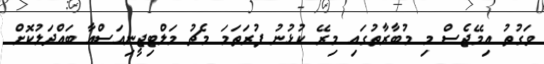
ވަގުތު އިމޭޖެސް މި މުބާރާތުގައި މިރޭ ކުޅުނު ފުރަތަމަ މެޗު މަލްޓިޖީނިއަސްއާ ބައްދަލުކޮށް